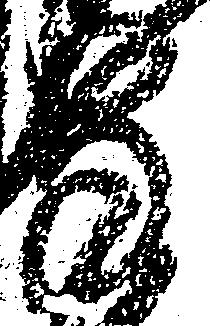
守